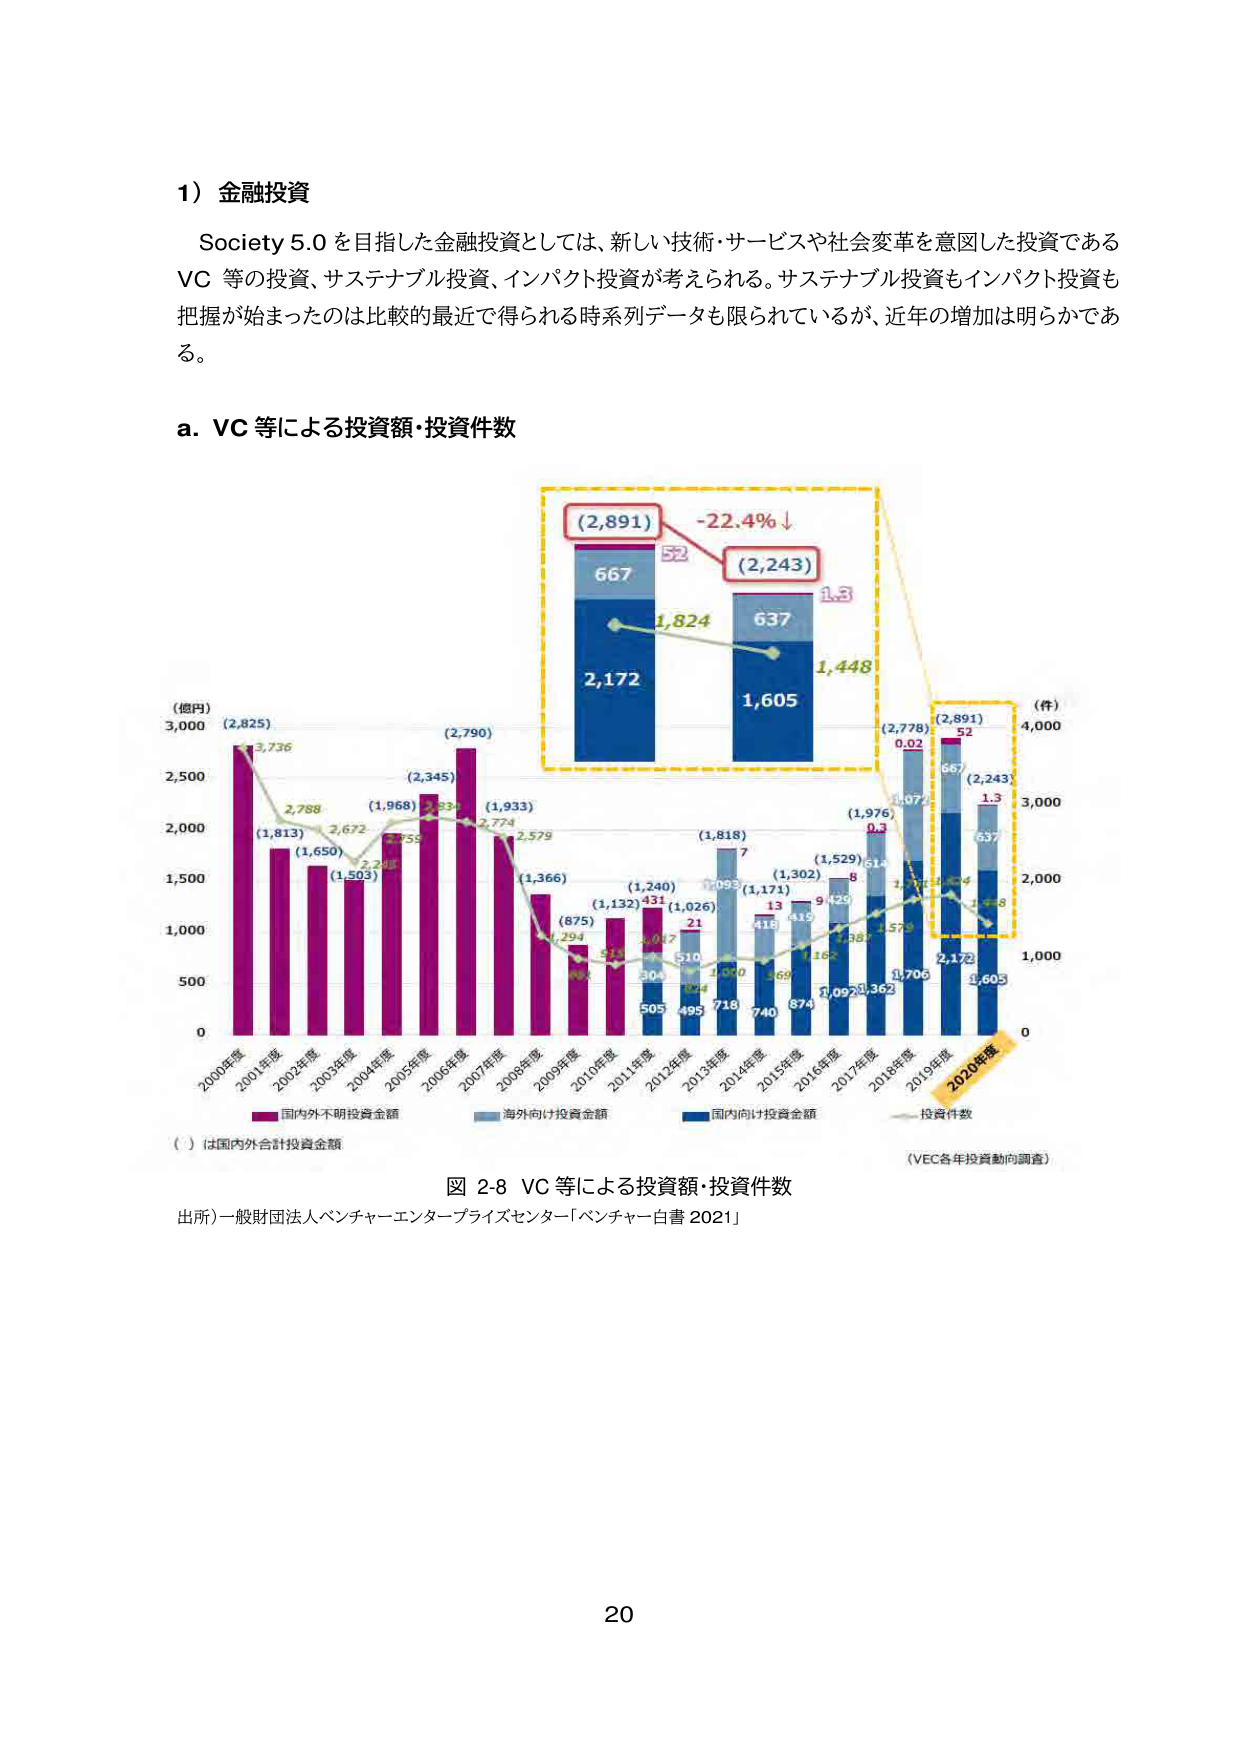
1）金融投資
Society 5.0 を目指した金融投資としては、新しい技術・サービスや社会変革を意図した投資である VC 等の投資、サステナブル投資、インパクト投資が考えられる。サステナブル投資もインパクト投資も把握が始まったのは比較的最近で得られる時系列データも限られているが、近年の増加は明らかである。

a. VC 等による投資額・投資件数

（億円）
3,000
2,500
2,000
1,500
1,000
500
0

2000年度
2001年度
2002年度
2003年度
2004年度
2005年度
2006年度
2007年度
2008年度
2009年度
2010年度
2011年度
2012年度
2013年度
2014年度
2015年度
2016年度
2017年度
2018年度
2019年度
2020年度

（ ）は国内外合計投資金額

（件）
4,000
3,000
2,000
1,000
0

図 2-8 VC 等による投資額・投資件数
出所）一般財団法人ベンチャーエンタープライズセンター「ベンチャー白書 2021」

（VEC各年投資動向調査）

（2,891）
667
52
（2,243）
1.3
637
1,448
1,605
2,172
1,824
-22.4% ↓

（2,825）
3,736
2,788
（1,813）
（1,650）
（1,503）
2,672
（1,968）
2,934
（2,345）
（2,790）
2,774
2,579
（1,933）
（1,366）
（875）
（1,132）
（1,240）
（1,026）
（1,818）
（1,302）
（1,529）
（1,976）
（2,778）
（2,891）
（2,243）
1,074
0.02
667
52
1.3
637
1,448
1,605
2,172
1,824
-22.4% ↓

国内向け投資金額
海外向け投資金額
国内外不明投資金額
投資件数

20